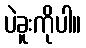
ပဲခူးကိုပါ။